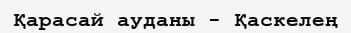
Қарасай ауданы - Қаскелең